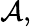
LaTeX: {\mathcal{A}},